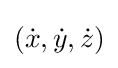
({\dot {x}},{\dot {y}},{\dot {z}})